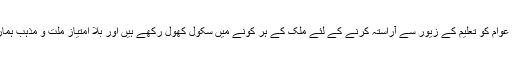
یہ جماعت احمدیہ کا میرے لوگوں سے پیار ہی تو ہے کہ عوام کو تعلیم کے زیور سے آراستہ کرنے کے لئے ملک کے ہر کونے میں سکول کھول رکھے ہیں اور بلا امتیاز ملت و مذہب ہمارے لوگ جماعت کے سکولوں سے مستفیض ہو رہے ہیں۔